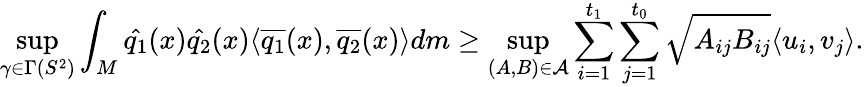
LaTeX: \operatorname*{sup}_{\gamma\in\Gamma(S^{2})}\int_{M}\hat{q_{1}}(x)\hat{q_{2}}(x)\langle\overline{{q_{1}}}(x),\overline{{q_{2}}}(x)\rangle dm\geq\operatorname*{sup}_{(A,B)\in\mathcal{A}}\sum_{i=1}^{t_{1}}\sum_{j=1}^{t_{0}}\sqrt{A_{ij}B_{ij}}\langle u_{i},v_{j}\rangle.